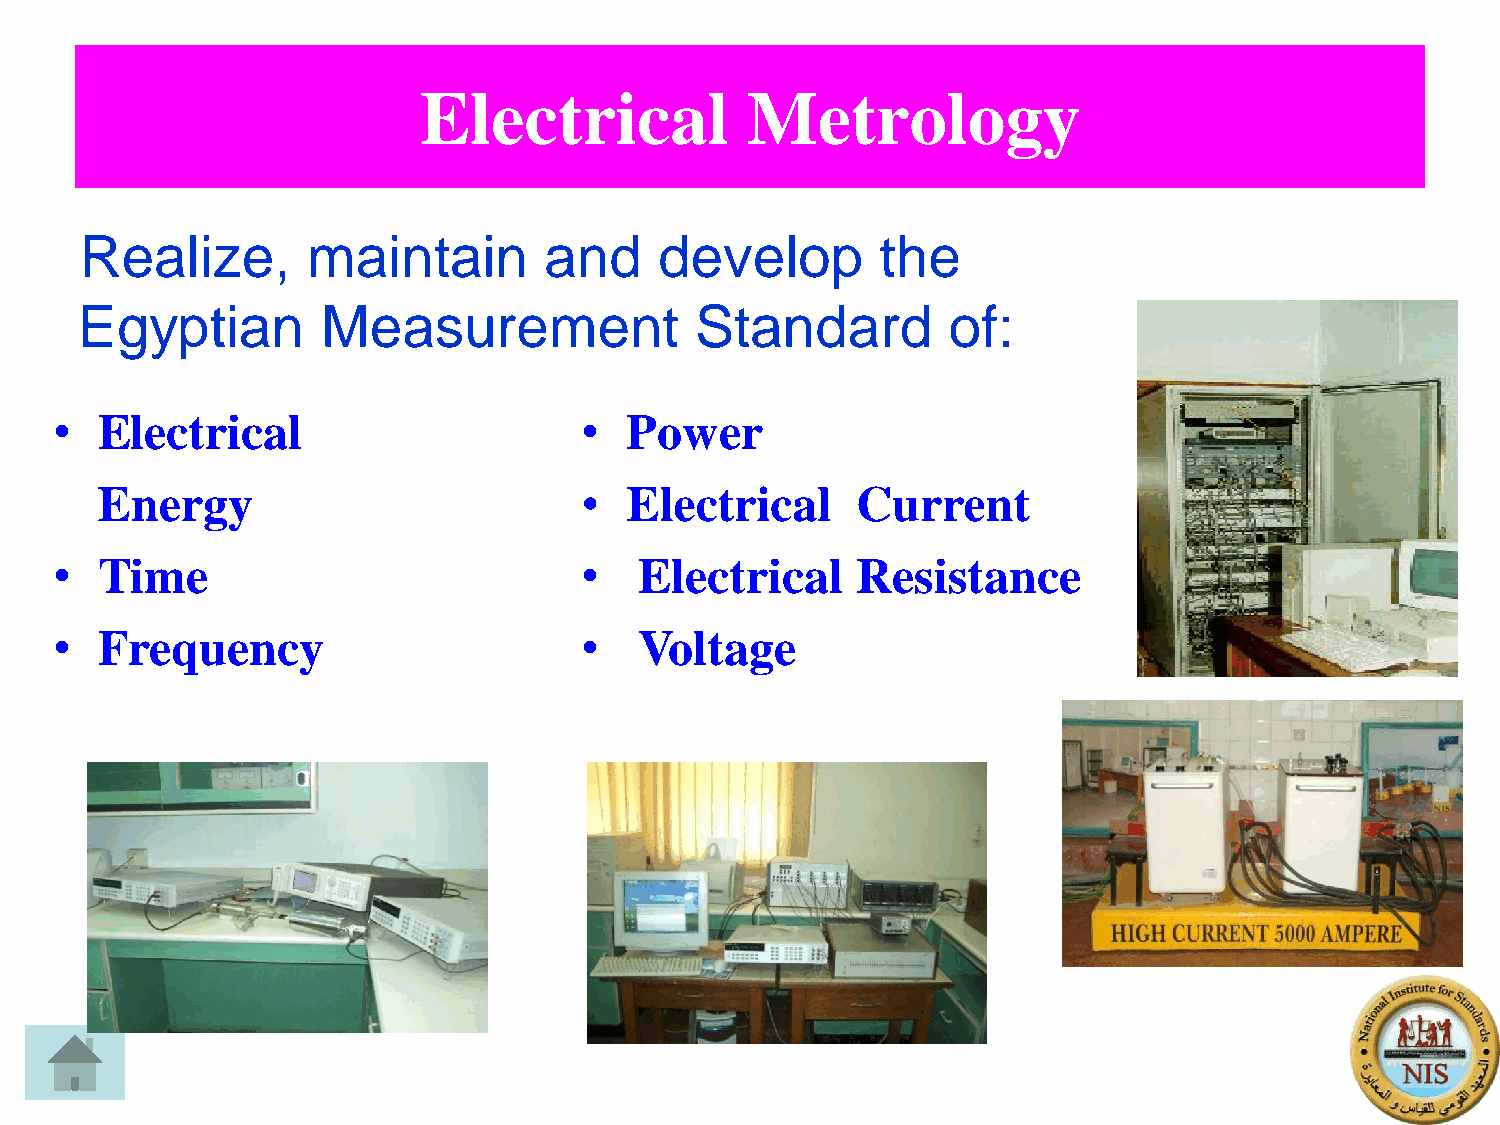
Electrical           Metrology
 Realize,       maintain        and     develop       the
 Egyptian        Measurement              Standard         of:
 •  Electrical                      •  Power
 Energy                          •  Electrical      Current
 •  Time                            •   Electrical     Resistance
 •  Frequency                       •   Voltage